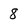
Character: 8